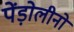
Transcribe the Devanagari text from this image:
पेंड़ोलीनो